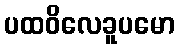
ပထဝိလေခူပမော